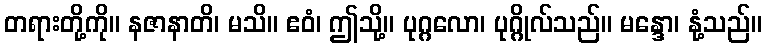
တရားတို့ကို။ နဇာနာတိ၊ မသိ။ ဧဝံ၊ ဤသို့။ ပုဂ္ဂလော၊ ပုဂ္ဂိုလ်သည်။ မန္ဒော၊ နုံ့သည်။